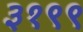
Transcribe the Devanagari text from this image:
३१९९